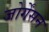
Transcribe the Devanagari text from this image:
जोर्गेंसन